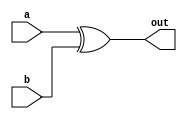
module xorGate(input a, input b, output out);
    assign out = a ^ b;
endmodule